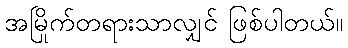
အမြိုက်တရားသာလျှင် ဖြစ်ပါတယ်။